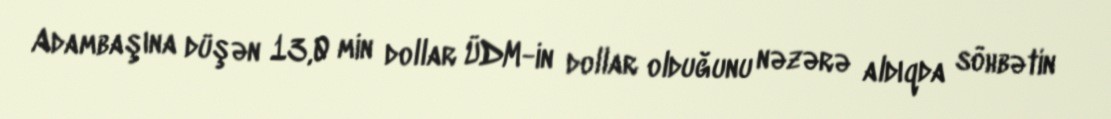
Adambaşına düşən 13,0 min dollar ÜDM-in dollar olduğunu nəzərə aldıqda söhbətin